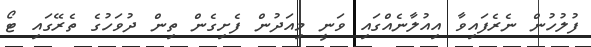
ފުލުހުން ނެރެފައިވާ އިއުލާނެއްގައި ވަނީ މިއަދުން ފެށިގެން ތިން ދުވަހުގެ ތެރޭގައި ޓޯ